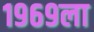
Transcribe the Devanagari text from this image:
१९६९ला